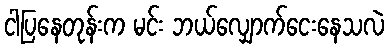
ငါပြနေတုန်းက မင်း ဘယ်လျှောက်ငေးနေသလဲ